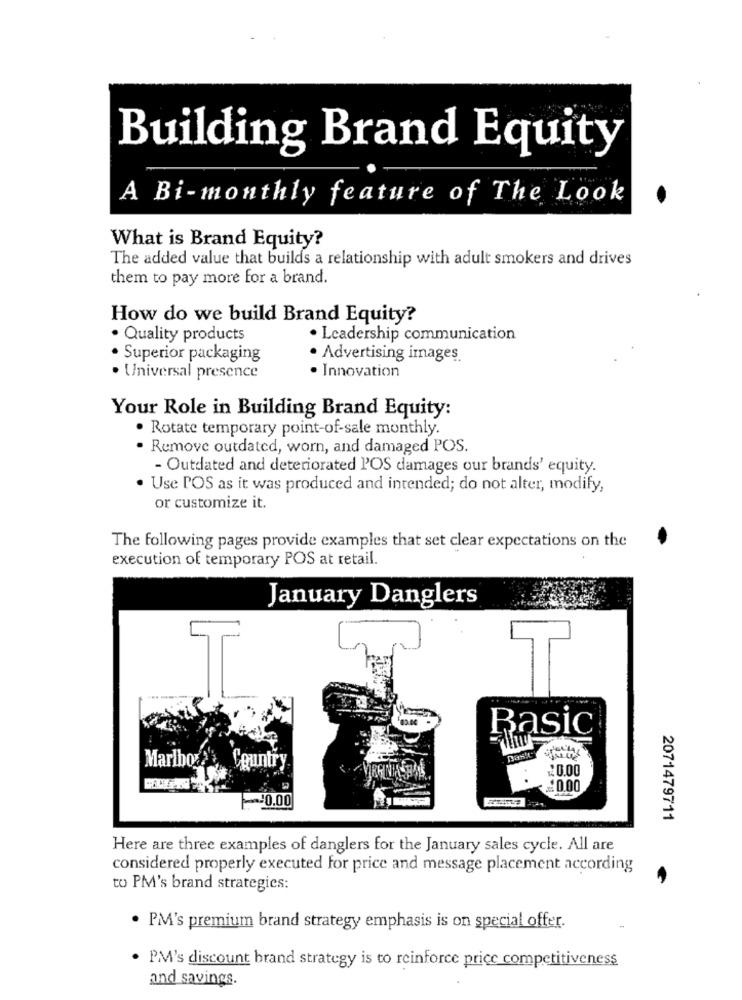
Building Brand Equity
A Bi-monthly feature of The Look
What is Brand Equity?
The added value that builds a relationship with adult smokers and drives
them to pay more for a brand.
How do we build Brand Equity?
· Quality products
· Leadership communication
· Superior packaging
· Advertising images.
· Innovation
· Universal presence
Your Role in Building Brand Equity:
. Rotate temporary point-of-sale monthly.
· Remove outdated, worn, and damaged POS.
- Outdated and deteriorated P'OS damages our brands' equity.
· Use POS as it was produced and intended; do not alter, modify,
or customize it.
The following pages provide examples that set clear expectations on the
execution of temporary POS at retail.
January Danglers
T
Rasic
Marlbo " Country
¥0.00
:0.00
~0.00
2071479711
Here are three examples of danglers for the January sales cycle. All are
considered properly executed for price and message placement according
-
to PM's brand strategies:
. PM's premium brand strategy emphasis is on special offer.
. PM's discount brand strategy is to reinforce price competitiveness
and savings.